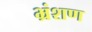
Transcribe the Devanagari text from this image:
भ्रंशण